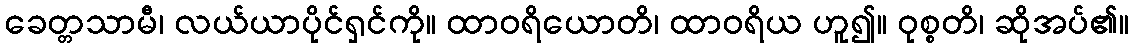
ခေတ္တသာမီ၊ လယ်ယာပိုင်ရှင်ကို။ ထာဝရိယောတိ၊ ထာဝရိယ ဟူ၍။ ဝုစ္စတိ၊ ဆိုအပ်၏။